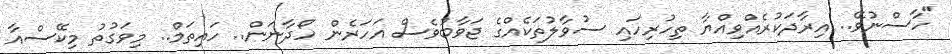
"ހާސްނުވޭ.. އިރާދަކުރެއްވިއްޔާ ތިހުރިހައި ސުވާލުތަކެއްގެ ޖަވާބުވެސް އަހަރެން ހޯދާނަން.. ހައިތަމް.. މިވަގުތު މިކޭސްއާ